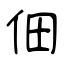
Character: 佃